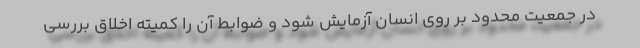
در جمعیت محدود بر روی انسان آزمایش شود و ضوابط آن را کمیته اخلاق بررسی